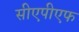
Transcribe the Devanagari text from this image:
सीएपीएफ